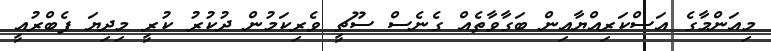
މިއަންމާގެ އަސްކަރިއްޔާއިން ބަގާވާތެއް ގެނެސް ސޫޗީ ވެރިކަމުން ދުކުރު ކުރީ މިދިޔަ ފެބްރުއީ